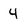
Character: 4